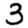
Digit: 3